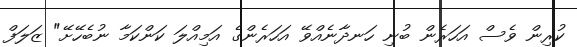
ކުރިން ވެސް އަހަރެން ބުނި ހަނދާނެއްވޭ އަހަރެންގެ އަމިއްލަ ކަންކަމާ ނުބެހޭށޭ" ޒަލަފް